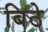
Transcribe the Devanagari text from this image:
बिठे